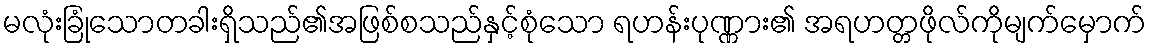
မလုံးခြုံသောတခါးရှိသည်၏အဖြစ်စသည်နှင့်စုံသော ရဟန်းပုဏ္ဏား၏ အရဟတ္တဖိုလ်ကိုမျက်မှောက်